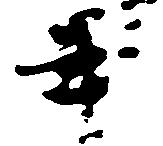
畢